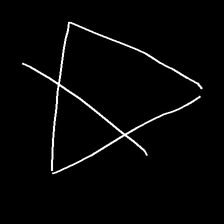
Glyph: empower